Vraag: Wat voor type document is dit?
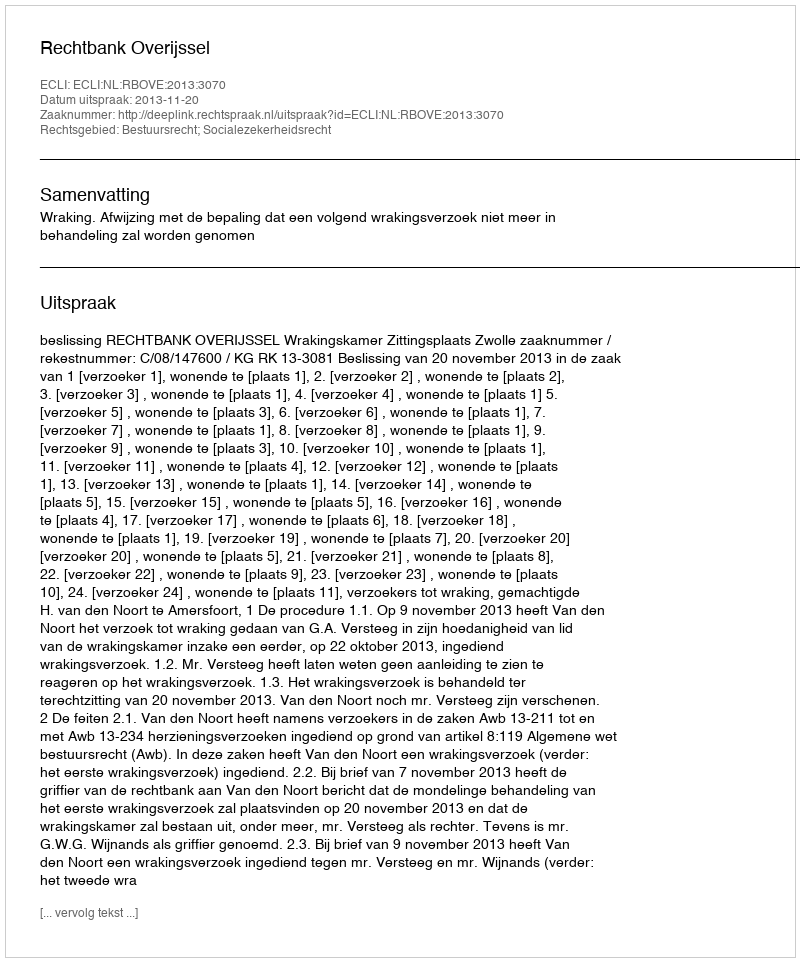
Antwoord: Uitspraak